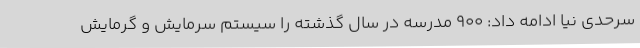
سرحدی نیا ادامه داد: 900 مدرسه در سال گذشته را سیستم سرمایش و گرمایش